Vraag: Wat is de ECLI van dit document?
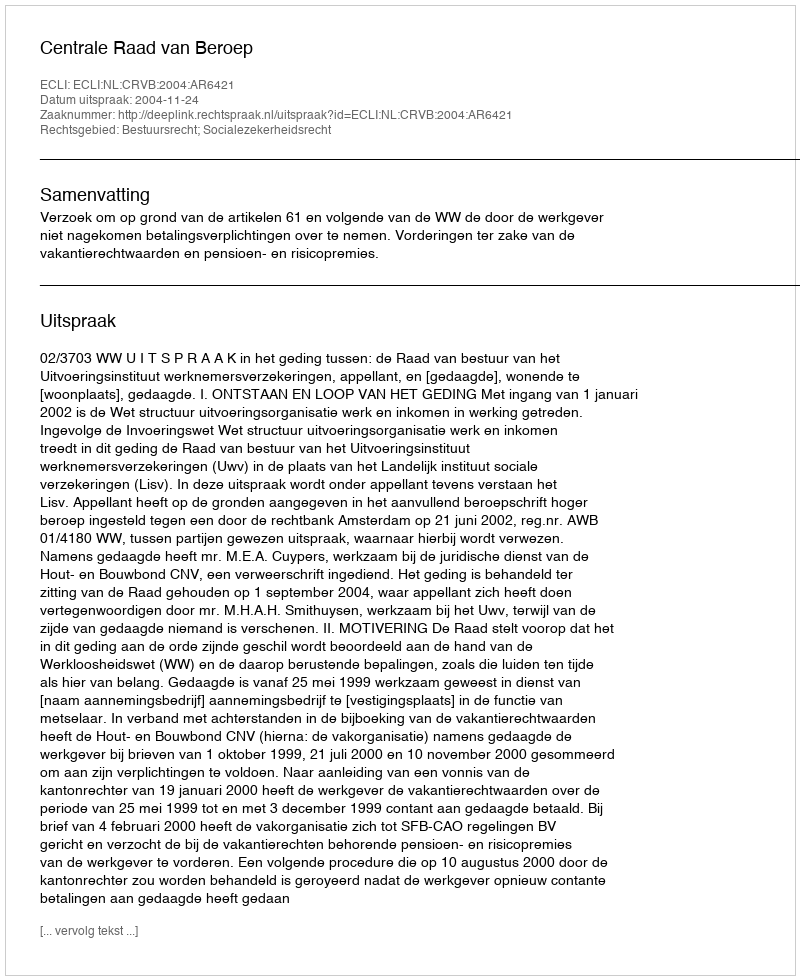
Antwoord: ECLI:NL:CRVB:2004:AR6421